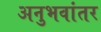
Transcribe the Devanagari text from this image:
अनुभवांतर